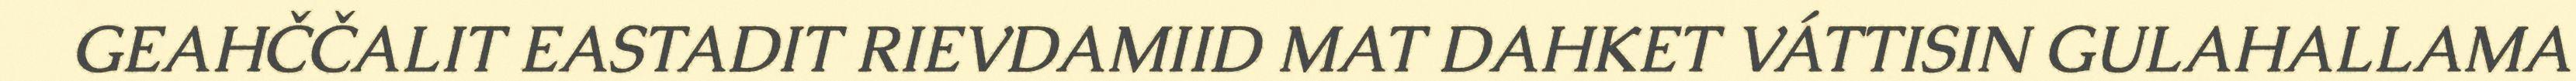
GEAHČČALIT EASTADIT RIEVDAMIID MAT DAHKET VÁTTISIN GULAHALLAMA